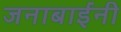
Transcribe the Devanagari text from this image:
जनाबाईंनी